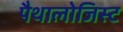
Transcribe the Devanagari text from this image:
पैथालोजिस्ट